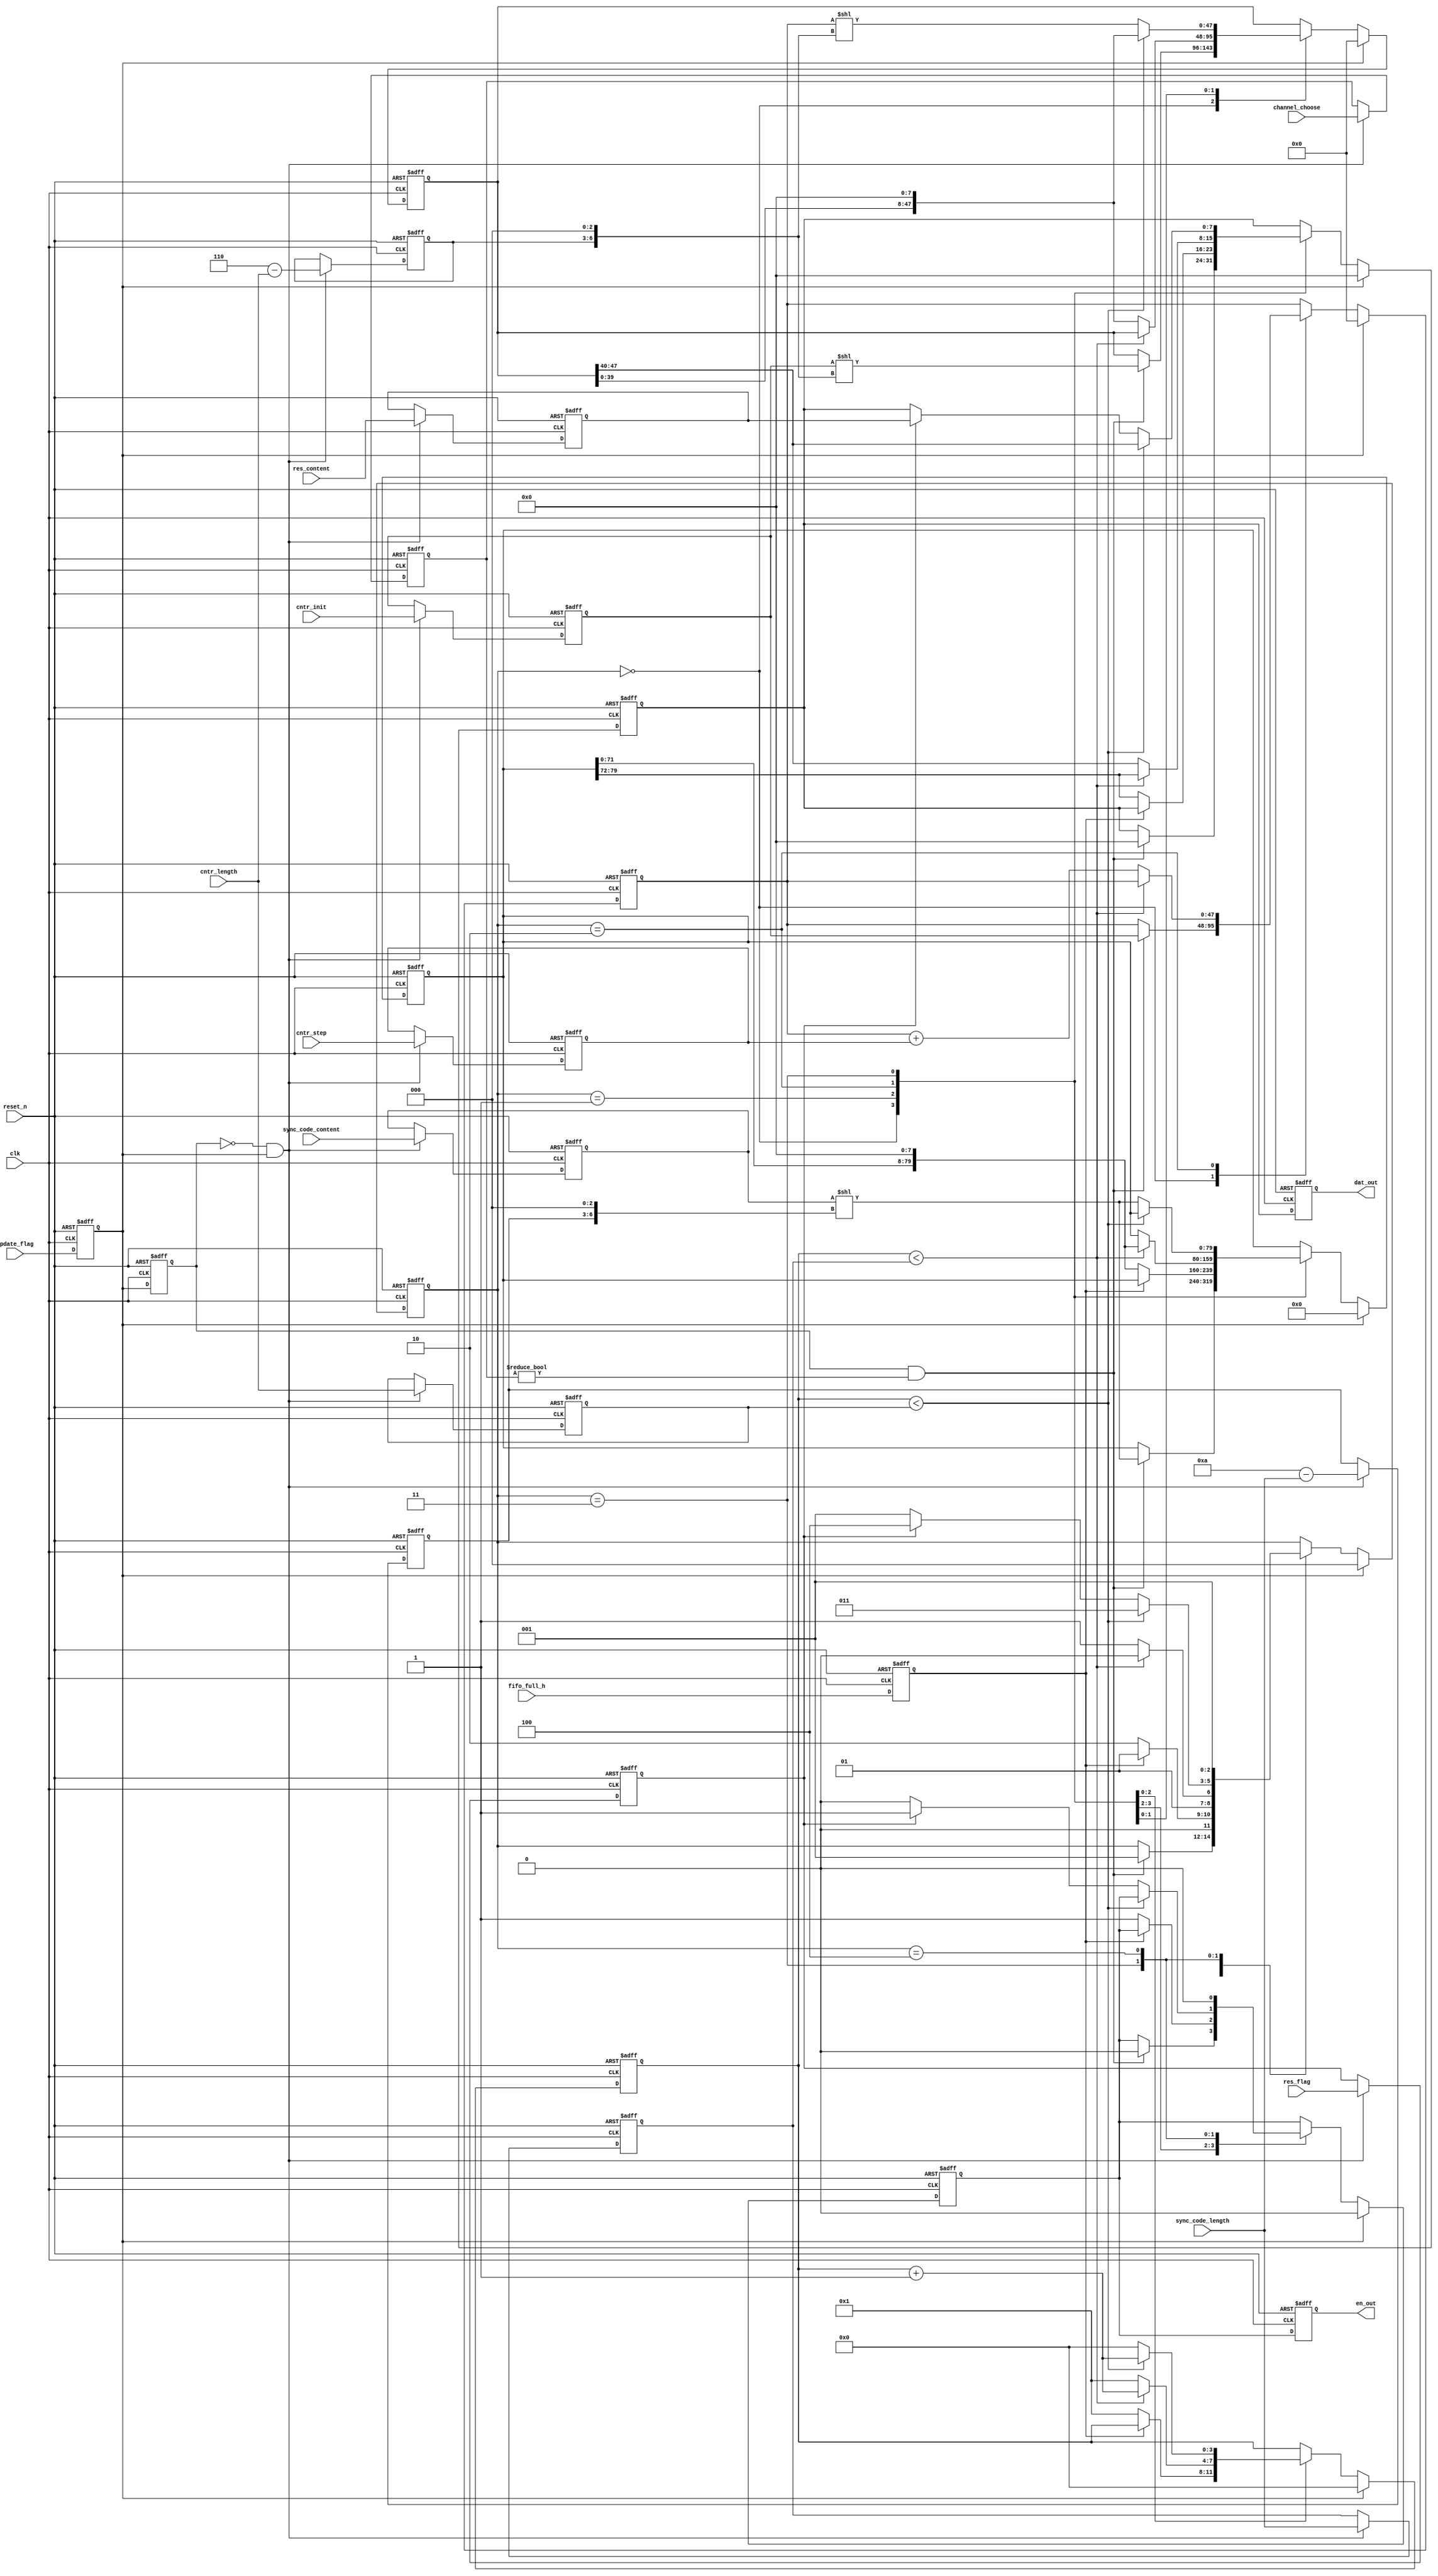
//201331415:55:25
module FrameHeadGen(
						input clk,
						input reset_n,
						
						input [3  : 0] sync_code_length,
						input [79 : 0] sync_code_content,
						
						
						input [3  : 0] cntr_length,
						input [47 : 0] cntr_init,
						input [7  : 0] cntr_step,
						
						input res_flag,
						input [7  : 0] res_content,
						
						input update_flag,
						
						input fifo_full_h,
						input [2 : 0] channel_choose,
						
						output reg [7 : 0] dat_out,
						output reg en_out
);

	reg flag_reg0;
	reg flag_reg1;
	reg fifo_full_h_reg;
	
	always @ (posedge clk or negedge reset_n)
	begin
		if (!reset_n)
		begin
			flag_reg0 <= 1'b0;
			flag_reg1 <= 1'b0;
			fifo_full_h_reg <= 1'b0;
		end 
		else
		begin
			flag_reg0 <= update_flag;
			flag_reg1 <= flag_reg0;
			fifo_full_h_reg <= fifo_full_h;
		end
	end 
	
	reg [3  : 0] sync_code_length_reg;
	reg [3  : 0] sync_code_length_tra;
	reg [79 : 0] sync_code_content_reg;
						
						
	reg [3  : 0] cntr_length_reg;
	reg [3  : 0] cntr_length_tra;
	
	reg [47 : 0] cntr_init_reg;
	reg [7  : 0] cntr_step_reg;
						
	reg res_flag_reg;
	reg [7  : 0] res_content_reg; 
	
	reg [2 : 0] channel_choose_reg;
	
	parameter sync_length_max = 4'd10;
	parameter cntr_length_max = 4'd6;
	
	always @ (posedge clk or negedge reset_n)
	begin
		if (!reset_n)
		begin			
			sync_code_length_reg  <= 4'd0;
			sync_code_length_tra  <= 4'd0;
			sync_code_content_reg <= 80'd0;
						
			cntr_length_reg  <= 4'd0;
			cntr_length_tra  <= 4'd0;
			cntr_init_reg    <= 48'd0;
			cntr_step_reg    <= 8'd0;
			
			res_content_reg  <= 8'd0;
			res_flag_reg  <= 1'b0;
			
			channel_choose_reg <= 3'd0;
		end
		else if (!flag_reg1&flag_reg0)
		begin
			sync_code_length_reg  <= sync_code_length;
			sync_code_length_tra  <= sync_length_max - sync_code_length;
			sync_code_content_reg <= sync_code_content;
			
			cntr_length_reg  <= cntr_length;
			cntr_length_tra  <= cntr_length_max - cntr_length;
			cntr_init_reg    <= cntr_init;
			cntr_step_reg    <= cntr_step;
			
			res_content_reg  <= res_content;
			res_flag_reg  <= res_flag;
			
			channel_choose_reg <= channel_choose;
		end
	end 
	
	reg [2 : 0] state;
	reg [3 : 0] counter;
	reg [79 : 0] sync_send_reg;
	
	reg [47 : 0] frame_cnt;
	reg [47 : 0] frame_cnt_send;
	
	reg [7 : 0] datreg_out;
	reg enreg_out;
	
	parameter idle       = 3'd0 ;
	parameter judge_fifo = 3'd1 ;
	parameter send_sync  = 3'd2 ;
	parameter send_cntr  = 3'd3 ;
	parameter delay      = 3'd4 ;
	
	parameter stop_channel = 3'd0;
	
	always @ (posedge clk or negedge reset_n)
	begin
		if (!reset_n)
		begin
			state <= idle;
			sync_send_reg <= 80'd0;
			datreg_out <= 8'd0;
			enreg_out <= 1'b0;
			counter <= 4'd0;
			frame_cnt <= 48'd0;
			frame_cnt_send <= 48'd0;
		end 
		else if (flag_reg0)
		begin
			state <= idle;
			sync_send_reg <= 80'd0;
			enreg_out <= 1'b0;
			datreg_out <= 8'd0;
			counter <= 4'd0;
			frame_cnt <= 48'd0;
			frame_cnt_send <= 48'd0;
		end 
		else
		begin
			case (state)
				idle:
				begin
					if ((flag_reg1)&&(channel_choose_reg != stop_channel))
					begin
						state <= judge_fifo;
						sync_send_reg <= sync_code_content_reg << {sync_code_length_tra , 3'd0};
						
						frame_cnt <= cntr_init_reg;
						frame_cnt_send <= cntr_init_reg<<{cntr_length_tra,3'd0};
						
						enreg_out <= 1'b0;
						datreg_out <= 8'd0;
					end 
				end
				judge_fifo:
				begin
					if (!fifo_full_h_reg)
					begin
						state <= send_sync;
						datreg_out <= sync_send_reg[79:72];
						sync_send_reg <= {sync_send_reg[71:0] , 8'd0};
						enreg_out <= 1'b1;
						counter <= 4'd1;
					end
					else
						state <= judge_fifo;
				end
				send_sync:
				begin
					if (counter < sync_code_length_reg)
					begin
						state <= send_sync;
						datreg_out <= sync_send_reg[79:72];
						sync_send_reg <= {sync_send_reg[71:0] , 8'd0};
						//enreg_out <= 1'b1;
						counter <= counter + 1'b1;
					end
					else
					begin
						state <= send_cntr;
						datreg_out <= frame_cnt_send[47:40];
						frame_cnt_send <= { frame_cnt_send[39:0] , 8'd0};
						frame_cnt <= frame_cnt + cntr_step_reg;
						//enreg_out <= 1'b1;
						counter <= 4'd1;
					end
				end
				send_cntr:
				begin
					if (counter < cntr_length_reg)
					begin
						state <= send_cntr;
						datreg_out <= frame_cnt_send[47:40];
						frame_cnt_send <= { frame_cnt_send[39:0] , 8'd0};
						//enreg_out <= 1'b1;
						counter <= counter + 1'b1;
					end
					else if (res_flag_reg)
					begin
						state <= delay;
						datreg_out <= res_content_reg;
						enreg_out <= 1'b1;
						counter <= 4'd0;
						sync_send_reg <= sync_code_content_reg << {sync_code_length_tra , 3'd0};
					
						frame_cnt_send <= frame_cnt<<{cntr_length_tra,3'd0};
					end
					else
					begin
						state <= judge_fifo;
						sync_send_reg <= sync_code_content_reg << {sync_code_length_tra , 3'd0};
					
						frame_cnt_send <= frame_cnt<<{cntr_length_tra,3'd0};
						enreg_out <= 1'b0;
						counter <= 4'd0;
					end
				end
				delay:
				begin
					state <= judge_fifo;
					enreg_out <= 1'b0;
				end
				default:; 
			endcase
		end
	end
	
		always @ (posedge clk or negedge reset_n)
	begin
		if (!reset_n)
		begin
			dat_out <= 8'd0;
			en_out <= 1'b0;
		end 
		else
		begin
			dat_out <= datreg_out;
			en_out <= enreg_out;
		end
	end 
	
endmodule